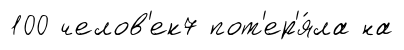
100 челов'ек7 пот'ер'я́ла на